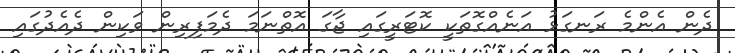
ދެން އެންމެ ރަނގަޅު އަނެއްގޮތަކީ ކޮޓަރީގައި ޖާގަ އޮތްނަމަ ދެމަފިރިން ވަކިން ދެއެދުގައި